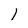
Character: 1